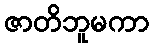
ဇာတိဘူမကာ